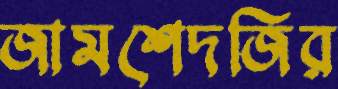
জামশেদজির